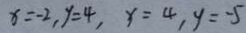
x = - 2 , y = 4 , x = 4 , y = - 5